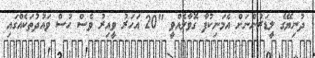
ދުނިޔޭގެ ލީޑަރުންނަށް އެމަނިކުފާ ގޮވާލެއްވީ "20 އަހަރު ވީއިރު ވެސް ހުސް ވައުދުތަކެއްގައި